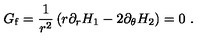
G _ { \mathrm { f } } = \frac { 1 } { r ^ { 2 } } \left( r \partial _ { r } H _ { 1 } - 2 \partial _ { \theta } H _ { 2 } \right) = 0 \ .